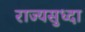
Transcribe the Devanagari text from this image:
राज्यसुध्दा